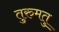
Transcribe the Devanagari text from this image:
तुरुमतु